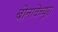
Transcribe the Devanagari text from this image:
बोनावेंच्यूरा